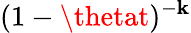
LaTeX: (1-\thetat)^{-\mathbf{k}}